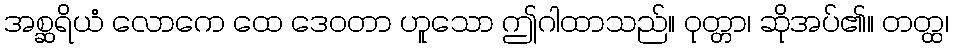
အစ္ဆရိယံ လောကေ ထေ ဒေဝတာ ဟူသော ဤဂါထာသည်။ ဝုတ္တာ၊ ဆိုအပ်၏။ တတ္ထ၊